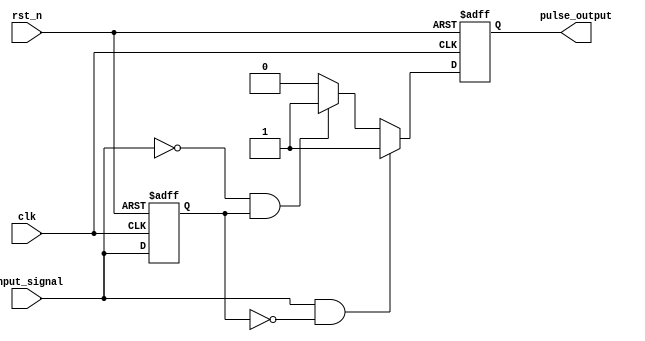
module pulse_edge_detector (
    input wire clk,                // Clock signal
    input wire rst_n,              // Active low reset
    input wire input_signal,       // Input signal to detect edges
    output reg pulse_output         // Pulse output for detected edges
);

    reg previous_state;            // Register to hold the previous state of the input signal

    // Asynchronous reset and state update on clock edge
    always @(posedge clk or negedge rst_n) begin
        if (!rst_n) begin
            previous_state <= 1'b0; // Initialize previous state to 0 on reset
            pulse_output <= 1'b0;    // Initialize pulse output to 0 on reset
        end else begin
            // Edge detection logic
            if (input_signal && !previous_state) begin
                // Rising edge detected
                pulse_output <= 1'b1; // Generate pulse
            end else if (!input_signal && previous_state) begin
                // Falling edge detected
                pulse_output <= 1'b1; // Generate pulse
            end else begin
                pulse_output <= 1'b0; // No edge detected, reset pulse output
            end
            
            // Update previous state
            previous_state <= input_signal;
        end
    end

endmodule